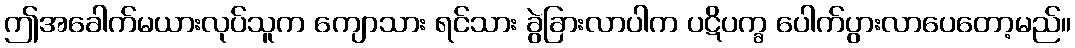
ဤအခေါက်မယားလုပ်သူက ကျောသား ရင်သား ခွဲခြားလာပါက ပဋိပက္ခ ပေါက်ပွားလာပေတော့မည်။